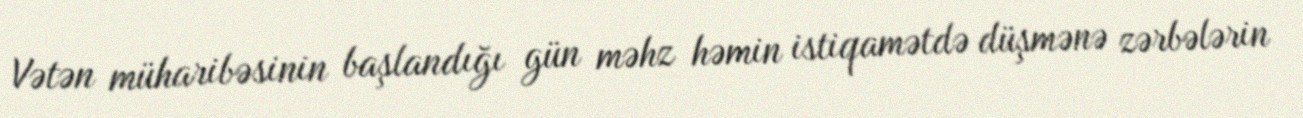
Vətən müharibəsinin başlandığı gün məhz həmin istiqamətdə düşmənə zərbələrin